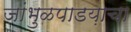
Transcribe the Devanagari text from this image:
जांभुळपाडय़ाचा